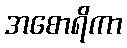
အစောရိကာ